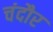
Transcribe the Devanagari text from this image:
चंदौर